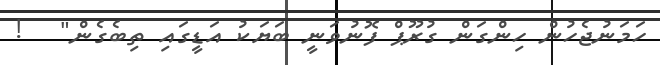
ހަމަނުޖެހުން ހިންގަން ގުރޫޕް ފޮނުވަނީ ބަޔަކު އަޑީގައި ތިބެގެން"   !